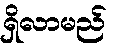
ရှိလာမည်